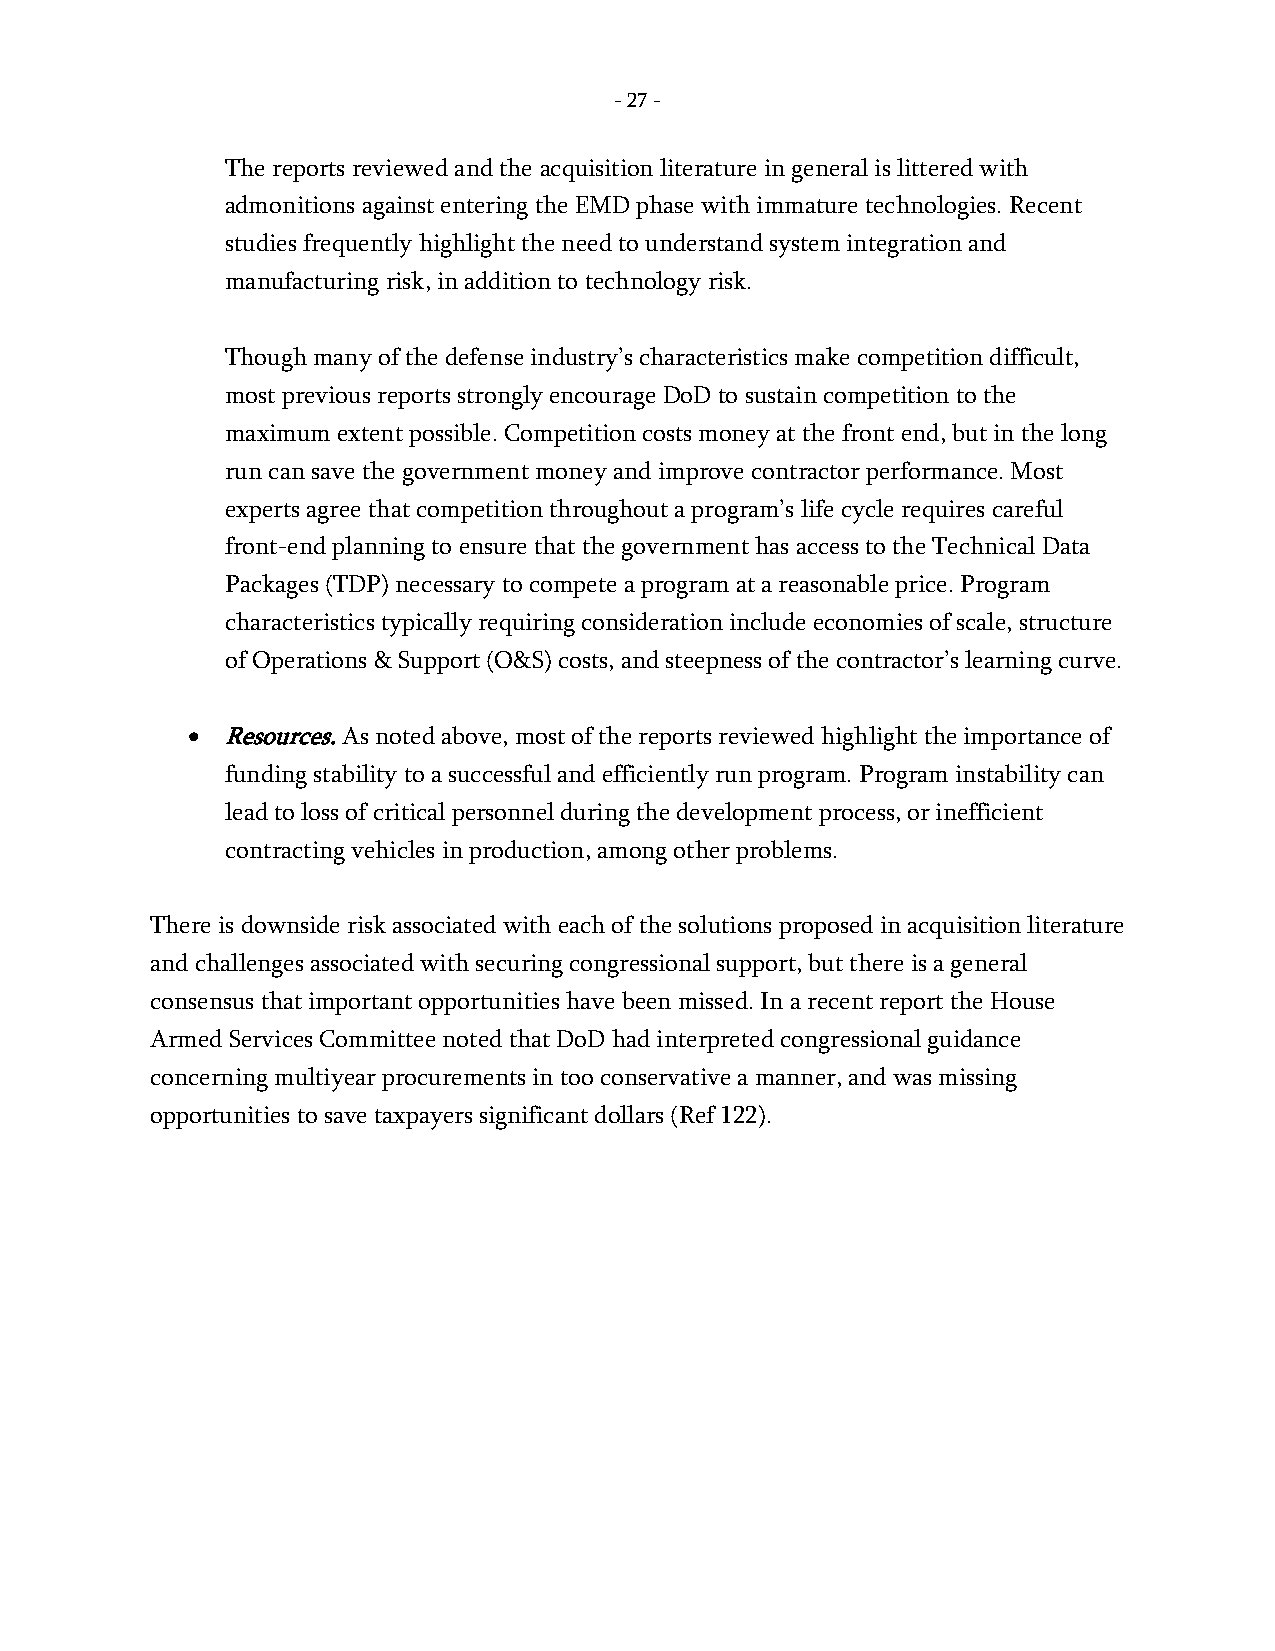
- 27 -
 The reports reviewed and the acquisition literature in general is littered with
 admonitions against entering the EMD phase with immature technologies. Recent
 studies frequently highlight the need to understand system integration and
 manufacturing risk, in addition to technology risk.
 Though many of the defense industry’s characteristics make competition difficult,
 most previous reports strongly encourage DoD to sustain competition to the
 maximum extent possible. Competition costs money at the front end, but in the long
 run can save the government money and improve contractor performance. Most
 experts agree that competition throughout a program’s life cycle requires careful
 front-end planning to ensure that the government has access to the Technical Data
 Packages (TDP) necessary to compete a program at a reasonable price. Program
 characteristics typically requiring consideration include economies of scale, structure
 of Operations & Support (O&S) costs, and steepness of the contractor’s learning curve.
 •  Resources. As noted above, most of the reports reviewed highlight the importance of
 funding stability to a successful and efficiently run program. Program instability can
 lead to loss of critical personnel during the development process, or inefficient
 contracting vehicles in production, among other problems.
 There is downside risk associated with each of the solutions proposed in acquisition literature
 and challenges associated with securing congressional support, but there is a general
 consensus that important opportunities have been missed. In a recent report the House
 Armed Services Committee noted that DoD had interpreted congressional guidance
 concerning multiyear procurements in too conservative a manner, and was missing
 opportunities to save taxpayers significant dollars (Ref 122).
 -
 27
 -